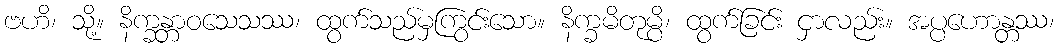
ဗဟိ၊ သို့။ နိက္ခန္တာဝသေသဿ၊ ထွက်သည်မှကြွင်းသော။ နိက္ခမိတုမ္ပိ၊ ထွက်ခြင်း ငှာလည်း။ အပ္ပဟောန္တဿ၊